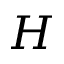
H